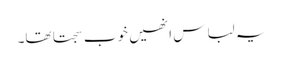
یہ لباس انھیں خوب سجتا تھا۔